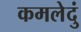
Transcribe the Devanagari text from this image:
कमलेदुं